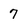
Character: 7